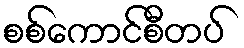
စစ်ကောင်စီတပ်